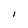
Character: I